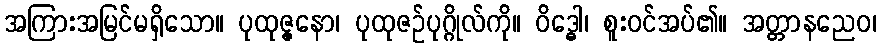
အကြားအမြင်မရှိသော။ ပုထုဇ္ဇနော၊ ပုထုဇဉ်ပုဂ္ဂိုလ်ကို။ ဝိဒ္ဓေါ၊ စူးဝင်အပ်၏။ အတ္တာနညေဝ၊